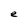
Character: e